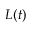
L ( t )